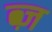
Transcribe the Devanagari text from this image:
ब्ज़